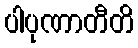
ပါပုဏာတီတိ